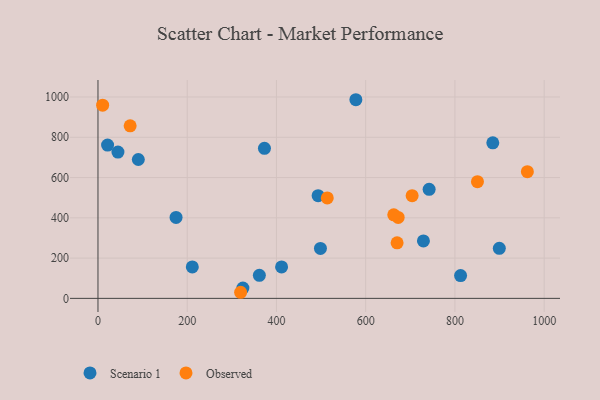
{"axis": {"x": "Distance", "y": "Profit"}, "legend": ["Observed", "Scenario 1"], "data": [{"x": "493.4", "y": 509.8, "type": "Scenario 1"}, {"x": "899.5", "y": 248.7, "type": "Scenario 1"}, {"x": "812.7", "y": 113.2, "type": "Scenario 1"}, {"x": "498.6", "y": 247.9, "type": "Scenario 1"}, {"x": "211.4", "y": 156.3, "type": "Scenario 1"}, {"x": "411.5", "y": 156.1, "type": "Scenario 1"}, {"x": "373.1", "y": 745.3, "type": "Scenario 1"}, {"x": "21.5", "y": 761.5, "type": "Scenario 1"}, {"x": "361.7", "y": 114.5, "type": "Scenario 1"}, {"x": "324.8", "y": 51.1, "type": "Scenario 1"}, {"x": "90.4", "y": 689.6, "type": "Scenario 1"}, {"x": "44.7", "y": 726.4, "type": "Scenario 1"}, {"x": "175.0", "y": 402.1, "type": "Scenario 1"}, {"x": "884.9", "y": 772.3, "type": "Scenario 1"}, {"x": "729.4", "y": 285.1, "type": "Scenario 1"}, {"x": "578.0", "y": 986.5, "type": "Scenario 1"}, {"x": "742.2", "y": 541.5, "type": "Scenario 1"}, {"x": "10.4", "y": 959.3, "type": "Observed"}, {"x": "72.1", "y": 856.8, "type": "Observed"}, {"x": "672.8", "y": 401.7, "type": "Observed"}, {"x": "319.7", "y": 30.2, "type": "Observed"}, {"x": "704.1", "y": 509.8, "type": "Observed"}, {"x": "962.4", "y": 629.3, "type": "Observed"}, {"x": "850.5", "y": 579.3, "type": "Observed"}, {"x": "513.9", "y": 499.0, "type": "Observed"}, {"x": "662.9", "y": 414.7, "type": "Observed"}, {"x": "670.4", "y": 276.0, "type": "Observed"}]}